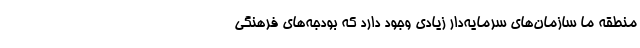
منطقه ما سازمان‌های سرمایه‌دار زیادی وجود دارد که بودجه‌های فرهنگی